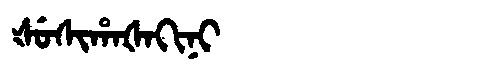
Manchu: ᡧᡠᠰᡳᡥᠠᡧᠠᡴᡳᠨᡳ
Romanization: ŠUSIHAŠAKINI